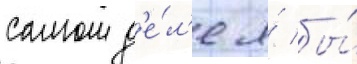
самом д'е́л'е я́ бы́